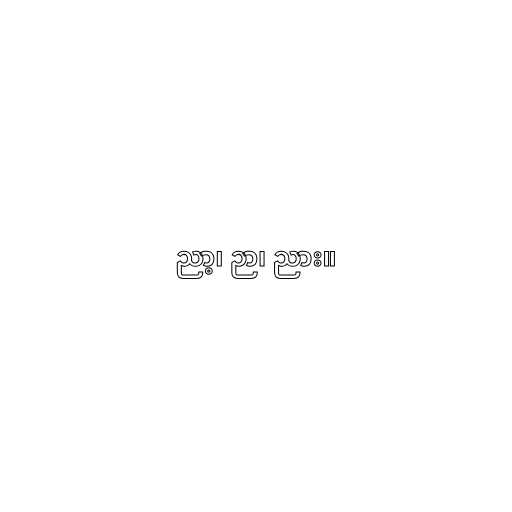
ညာ့၊ ဉာ၊ ညား။